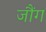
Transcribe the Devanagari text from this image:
जौंग